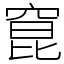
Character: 窤